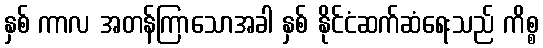
နှစ် ကာလ အတန်ကြာသောအခါ နှစ် နိုင်ငံဆက်ဆံရေးသည် ကိစ္စ